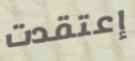
إعتقدت